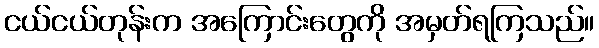
ငယ်ငယ်တုန်းက အကြောင်းတွေကို အမှတ်ရကြသည်။